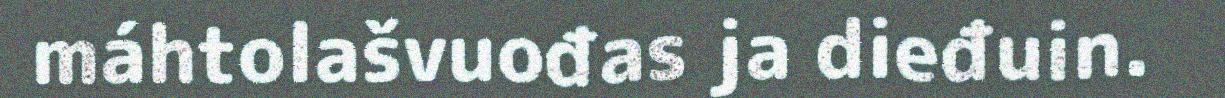
máhtolašvuođas ja dieđuin.